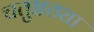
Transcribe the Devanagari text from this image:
चतुष्टठ्या